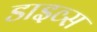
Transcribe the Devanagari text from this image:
डाइव्स